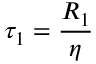
\tau _ { 1 } = \frac { R _ { 1 } } { \eta }